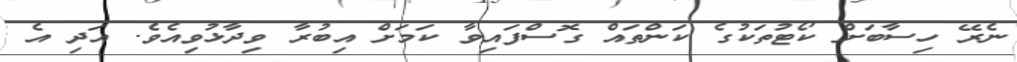
ނެރޭ ހިސާބަށް ކޯޓުތަކުގެ ކަންތައް ގޮސްފައިވާ ކަމަށް އިބުރާ ވިދާޅުވިއެވެ. އަދި އެ